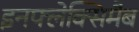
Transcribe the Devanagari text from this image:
इनफ्लेक्सिमैब